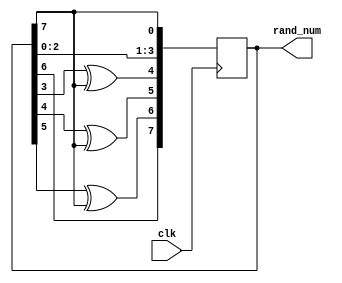
module random_8bit(
    input               clk,      /*clock signal*/
    output reg [7:0]    rand_num  /*random number output*/
);

initial
begin
rand_num=8'b11111111;
end

always@(posedge clk)
begin
				rand_num[0] <= rand_num[7];
            rand_num[1] <= rand_num[0];
            rand_num[2] <= rand_num[1];
            rand_num[3] <= rand_num[2];
            rand_num[4] <= rand_num[3]^rand_num[7];
            rand_num[5] <= rand_num[4]^rand_num[7];
            rand_num[6] <= rand_num[5]^rand_num[7];
            rand_num[7] <= rand_num[6];

            
end
endmodule